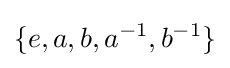
\{e,a,b,a^{-1},b^{-1}\}